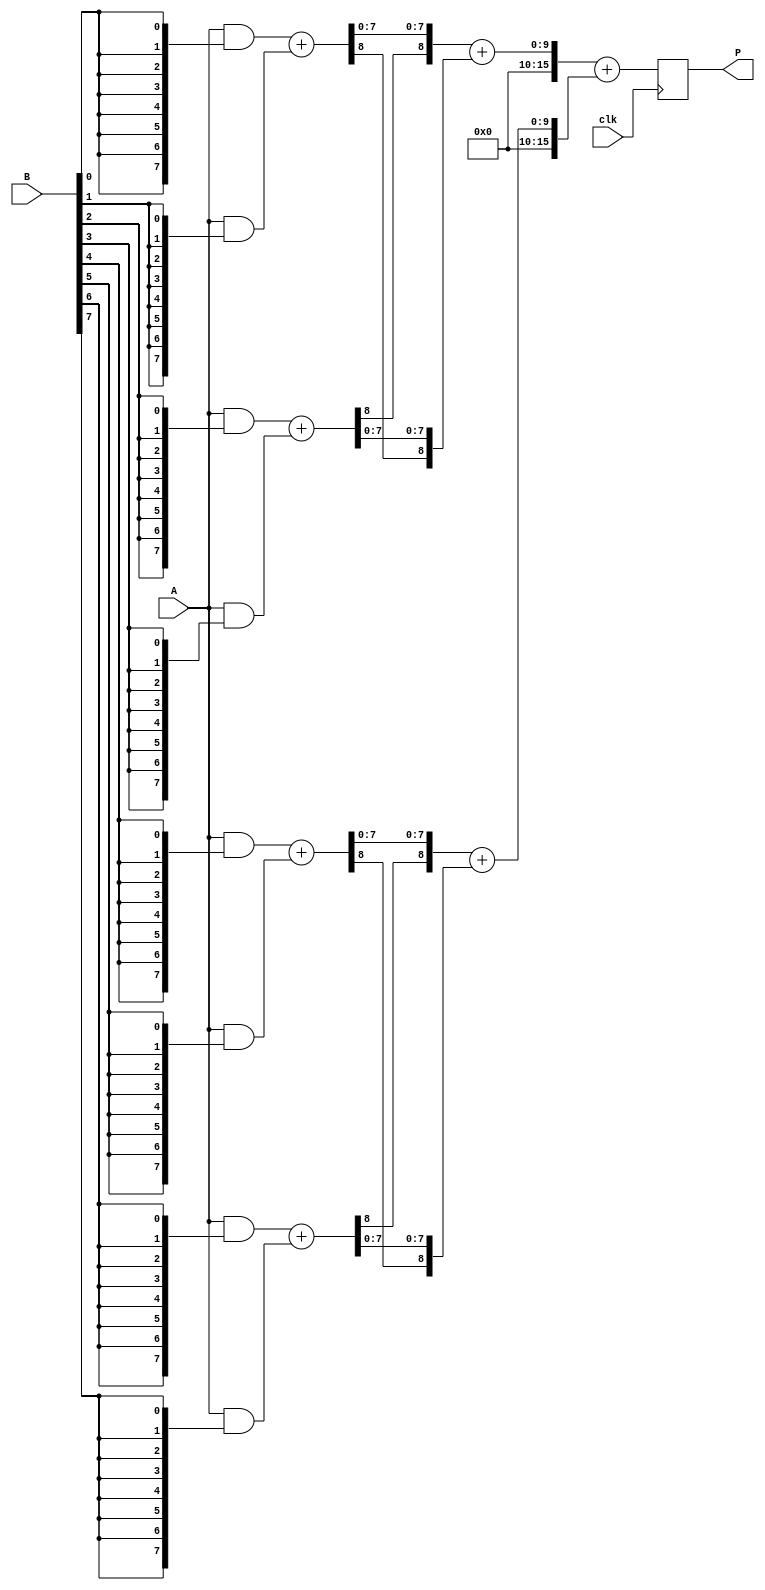
module WallaceTreeMultiplier #(parameter N = 8) (
    input wire clk,
    input wire [N-1:0] A,      // Multiplicand
    input wire [N-1:0] B,      // Multiplier
    output reg [2*N-1:0] P     // Product
);

    // Partial product generation
    wire [N-1:0] pp [0:N-1];  // Partial products
    genvar i;
    generate
        for (i = 0; i < N; i = i + 1) begin : gen_partial_products
            assign pp[i] = A & {N{B[i]}}; // Generate partial products
        end
    endgenerate

    // Carry-Save Adder tree
    wire [(N+1)-1:0] carry [0:N-1]; // Carry outputs
    wire [N-1:0] sum [0:N-1];        // Sum outputs

    // CSA Stage 1: Add pairs of partial products
    genvar j;
    generate
        for (j = 0; j < N/2; j = j + 1) begin : stage1
            assign {carry[j], sum[j]} = pp[2*j] + pp[2*j + 1];
        end
        if (N % 2 == 1) begin
            assign sum[N/2] = pp[N-1]; // Last unpaired partial product
            assign carry[N/2] = 1'b0;   // No carry to the next
        end
    endgenerate

    // CSA Stage 2: Further reduce the sum and carry
    wire [(N+1)-1:0] carry2 [(N/2)-1:0];
    wire [N-1:0] sum2 [(N/2)-1:0];
    
    generate
        for (j = 0; j < (N/4); j = j + 1) begin : stage2
            assign {carry2[j], sum2[j]} = {carry[2*j+1], sum[2*j]} + {carry[2*j], sum[2*j+1]};
        end
        if (N/2 % 2 == 1) begin
            assign sum2[N/4] = sum[N/2];
            assign carry2[N/4] = carry[N/2];
        end
    endgenerate

    // Final addition
    wire [2*N-1:0] final_sum;
    wire [2*N-1:0] final_carry;
    
    assign final_sum = {carry2[0], sum2[0]} + {carry2[1], sum2[1]};

    // Assign product
    always @(posedge clk) begin
        P <= final_sum; // Store final product
    end

endmodule